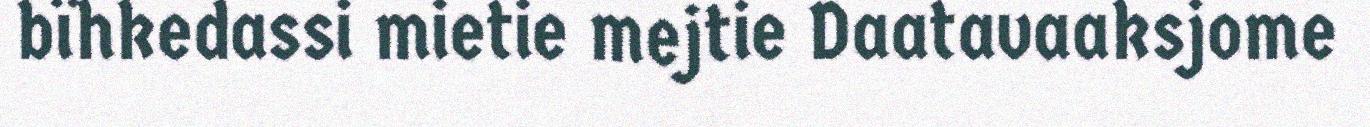
bïhkedassi mietie mejtie Daatavaaksjome